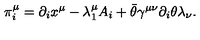
\pi _ { i } ^ { \mu } = \partial _ { i } x ^ { \mu } - \lambda _ { 1 } ^ { \mu } A _ { i } + \bar { \theta } \gamma ^ { \mu \nu } \partial _ { i } \theta \lambda _ { \nu } .